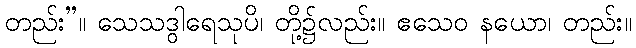
တည်း”။ သေသဒွါရေသုပိ၊ တို့၌လည်း။ ဧသေဝ နယော၊ တည်း။